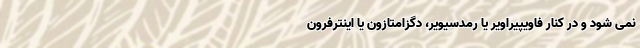
نمی شود و در کنار فاویپیراویر یا رمدسیویر، دگزامتازون یا اینترفرون